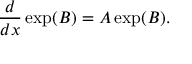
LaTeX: { \frac { d } { d x } } \exp ( B ) = A \exp ( B ) .